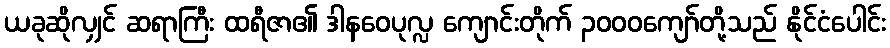
ယခုဆိုလျှင် ဆရာကြီး ထရီဇာ၏ ဒါနဝေပုလ္လ ကျောင်းတိုက် ၃၀၀၀ကျော်တို့သည် နိုင်ငံပေါင်း